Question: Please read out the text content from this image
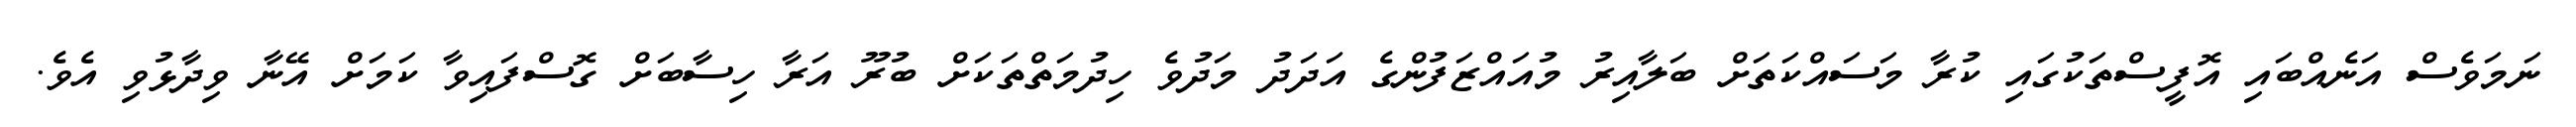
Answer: ނަމަވެސް އަނެއްބައި އޮފީސްތަކުގައި ކުރާ މަސައްކަތަށް ބަލާއިރު މުއައްޒަފުންގެ އަދަދު މަދުވެ ހިދުމަތްތަކަށް ބުރޫ އަރާ ހިސާބަށް ގޮސްފައިވާ ކަމަށް އޭނާ ވިދާޅުވި އެވެ.